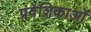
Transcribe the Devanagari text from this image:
प्रवेशिकाओं